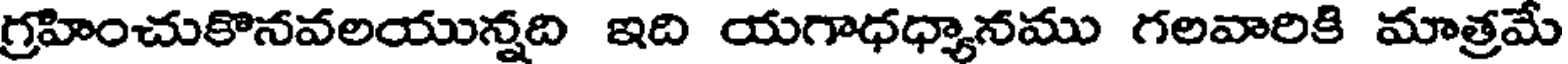
గ్రహించుకొనవలయున్నది ఇది యగాధధ్యానము గలవారికి మాత్రమే